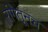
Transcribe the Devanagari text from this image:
रांगेतूनच